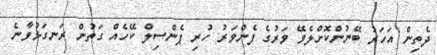
ދެތިން އަހަރު ބޭނުންކޮށްލެވޭ ވަރުގެ ފެންވަރު ހުރި ޕެންސިލް ކޭހެއް ގަތުން ރަނގަޅުވާނެ